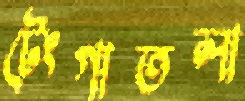
টেংগাতলা